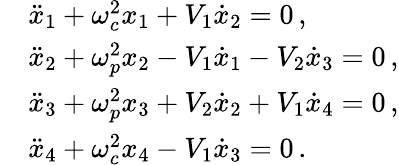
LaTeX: \begin{array}{rl}&{\ddot{x}_{1}+\omega_{c}^{2}x_{1}+V_{1}\dot{x}_{2}=0\, ,}\\ &{\ddot{x}_{2}+\omega_{p}^{2}x_{2}-V_{1}\dot{x}_{1}-V_{2}\dot{x}_{3}=0\, ,}\\ &{\ddot{x}_{3}+\omega_{p}^{2}x_{3}+V_{2}\dot{x}_{2}+V_{1}\dot{x}_{4}=0\, ,}\\ &{\ddot{x}_{4}+\omega_{c}^{2}x_{4}-V_{1}\dot{x}_{3}=0\, .}\end{array}